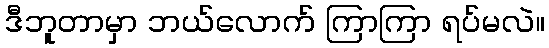
ဒီဘူတာမှာ ဘယ်လောက် ကြာကြာ ရပ်မလဲ။